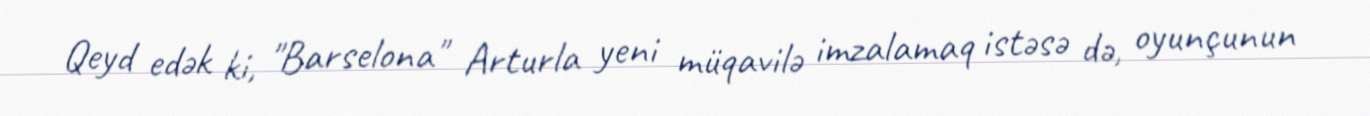
Qeyd edək ki, "Barselona" Arturla yeni müqavilə imzalamaq istəsə də, oyunçunun